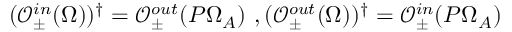
( \mathcal { O } _ { \pm } ^ { i n } ( \Omega ) ) ^ { \dag } = \mathcal { O } _ { \pm } ^ { o u t } ( P \Omega _ { A } ) \ , ( \mathcal { O } _ { \pm } ^ { o u t } ( \Omega ) ) ^ { \dag } = \mathcal { O } _ { \pm } ^ { i n } ( P \Omega _ { A } )